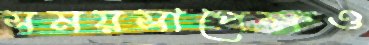
সময়সাপেক্ষও